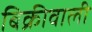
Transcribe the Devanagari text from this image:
बिक्रीवाली